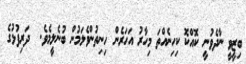
ބިޒީވީ ނާދެވުނީ ކޮއްކޮ ކިހިނެއްތަ މިހާރު އަހަރެން ހިނިތުންވެލަމުން ބުނެލީމެވެ.  ދަރިފުޅުގެ